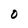
Character: O